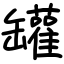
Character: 罐